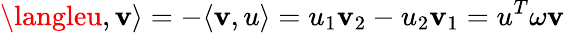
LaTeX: \langleu,\mathbf{v}\rangle=-\langle\mathbf{v},u\rangle=u_{1}\mathbf{v}_{2}-u_{2}\mathbf{v}_{1}=u^{T}\omega\mathbf{v}